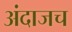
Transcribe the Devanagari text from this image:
अंदाजच